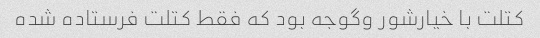
کتلت با خیارشور و‌گوجه بود که فقط کتلت فرستاده شده